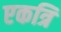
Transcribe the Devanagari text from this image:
एकत्रि